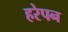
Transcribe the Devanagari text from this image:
हरेपन